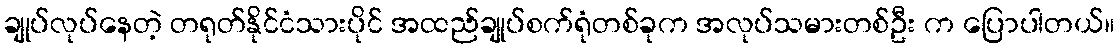
ချုပ်လုပ်နေတဲ့ တရုတ်နိုင်ငံသားပိုင် အထည်ချုပ်စက်ရုံတစ်ခုက အလုပ်သမားတစ်ဦး က ပြောပါတယ်။